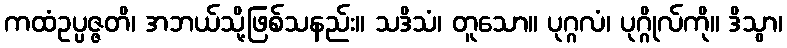
ကထံဥပ္ပဇ္ဇတိ၊ အဘယ်သို့ဖြစ်သနည်း။ သဒိသံ၊ တူသော။ ပုဂ္ဂလံ၊ ပုဂ္ဂိုလ်ကို။ ဒိသွာ၊